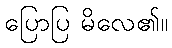
ပြောပြ မိလေ၏။